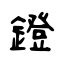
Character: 鐙